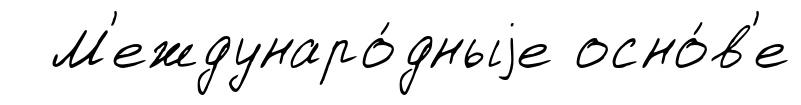
М'еждунаро́дныjе осно́в'е